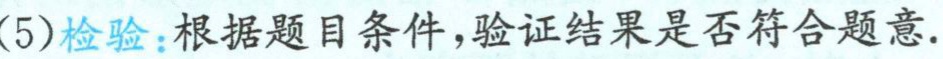
(5)检验：根据题目条件，验证结果是否符合题意.